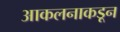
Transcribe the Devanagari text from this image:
आकलनाकडून